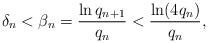
LaTeX: \begin{align*}\delta_n<\beta_n=\frac{\ln q_{n+1}}{q_n}<\frac{\ln (4q_n)}{q_n},\end{align*}